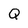
Character: Q